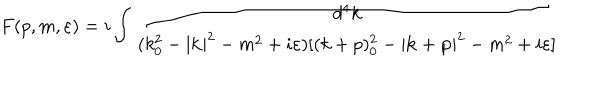
LaTeX: F ( p , m , \varepsilon ) = i \int \frac { d ^ { 4 } k } { ( k _ { 0 } ^ { 2 } - | \mathbf { k } | ^ { 2 } - m ^ { 2 } + i \varepsilon ) [ ( k + p ) _ { 0 } ^ { 2 } - | \mathbf { k } + \mathbf { p } | ^ { 2 } - m ^ { 2 } + i \varepsilon ] }